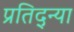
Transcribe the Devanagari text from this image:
प्रतिद्न्या